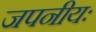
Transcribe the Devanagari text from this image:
जपनीयः